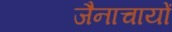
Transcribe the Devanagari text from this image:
जैनाचायों